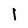
Character: l